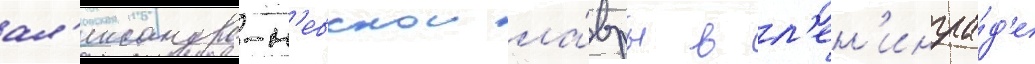
ал'ександро-н'евскои ла́вры в л'ен'ингра́д'е